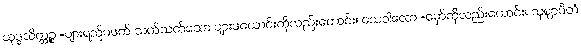
သုဒ္ဓသိတ္ထဉ္စ =ပျားရည်မဖက် သက်သက်သော ပျားဖယောင်းကိုလည်းကောင်း။ သေဝါလော =မှော်ကိုလည်းကောင်း။ သုဈာပိတံ